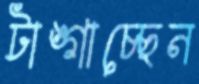
টাঙ্গাচ্ছেন